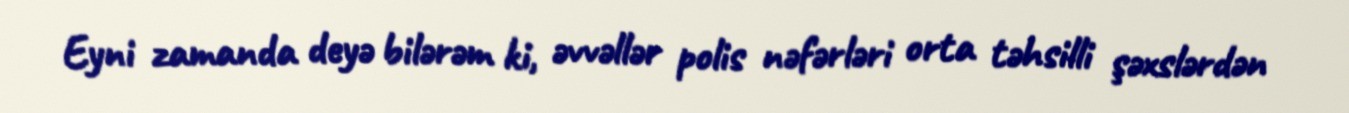
Eyni zamanda deyə bilərəm ki, əvvəllər polis nəfərləri orta təhsilli şəxslərdən